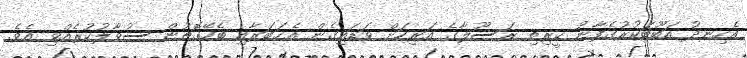
އެހިނދު އަބޫބަކުރުގެފާނު ކީރިތި ރަސޫލާގެ އަރިހަށް ވަޑައިގެން އެޚަބަރާއި ބެހޭގޮތުން ސުވާލުކުރެއްވި އެވެ.